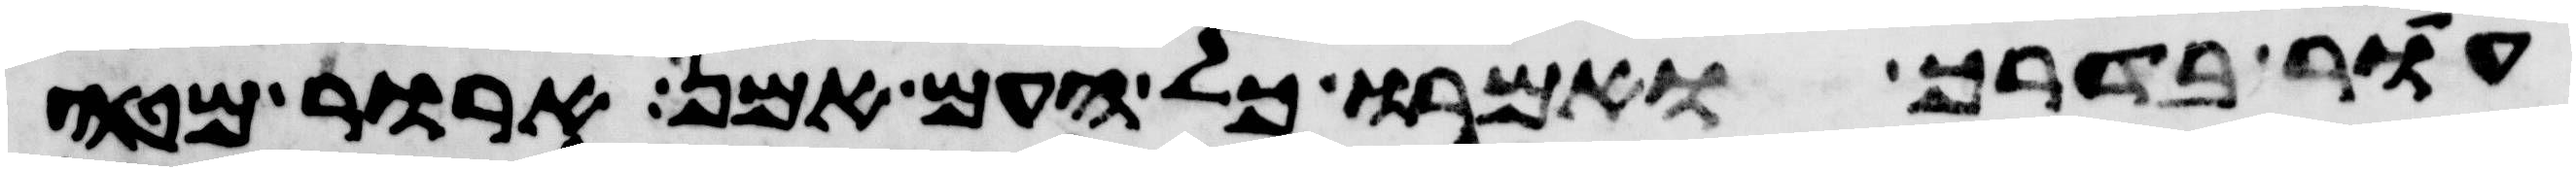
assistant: עור בדרך ואמרו כל העם אמן ארור מטה